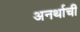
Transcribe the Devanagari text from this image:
अनर्थाची